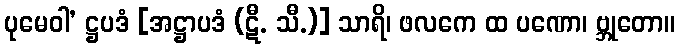
ပုမေဝါ’ ဋ္ဌပဒံ [အဋ္ဌာပဒံ (ဋီ. သီ.)] သာရိ၊ ဖလကေ ထ ပဏော၊ ဗ္ဘုတော။